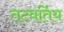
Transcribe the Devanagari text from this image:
तटवर्तिय